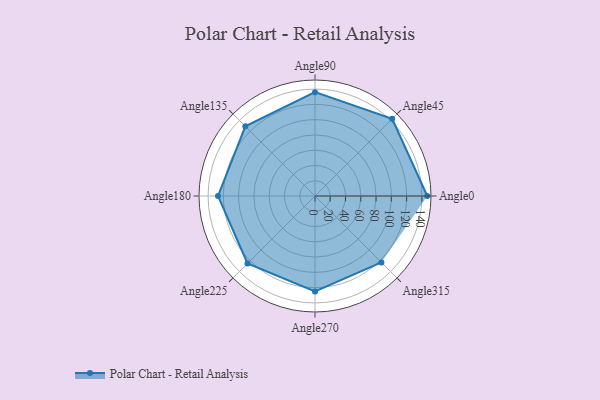
{"axis": {"x": "Angle", "y": "Radius"}, "legend": [""], "data": [{"x": "Angle0", "y": 147.0, "type": ""}, {"x": "Angle45", "y": 143.0, "type": ""}, {"x": "Angle90", "y": 136.0, "type": ""}, {"x": "Angle135", "y": 129.0, "type": ""}, {"x": "Angle180", "y": 127.0, "type": ""}, {"x": "Angle225", "y": 125.0, "type": ""}, {"x": "Angle270", "y": 125.0, "type": ""}, {"x": "Angle315", "y": 123.0, "type": ""}]}